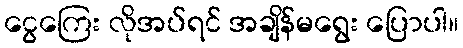
ငွေကြေး လိုအပ်ရင် အချိန်မရွေး ပြောပါ။